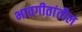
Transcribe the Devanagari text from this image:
भावगीतांतील